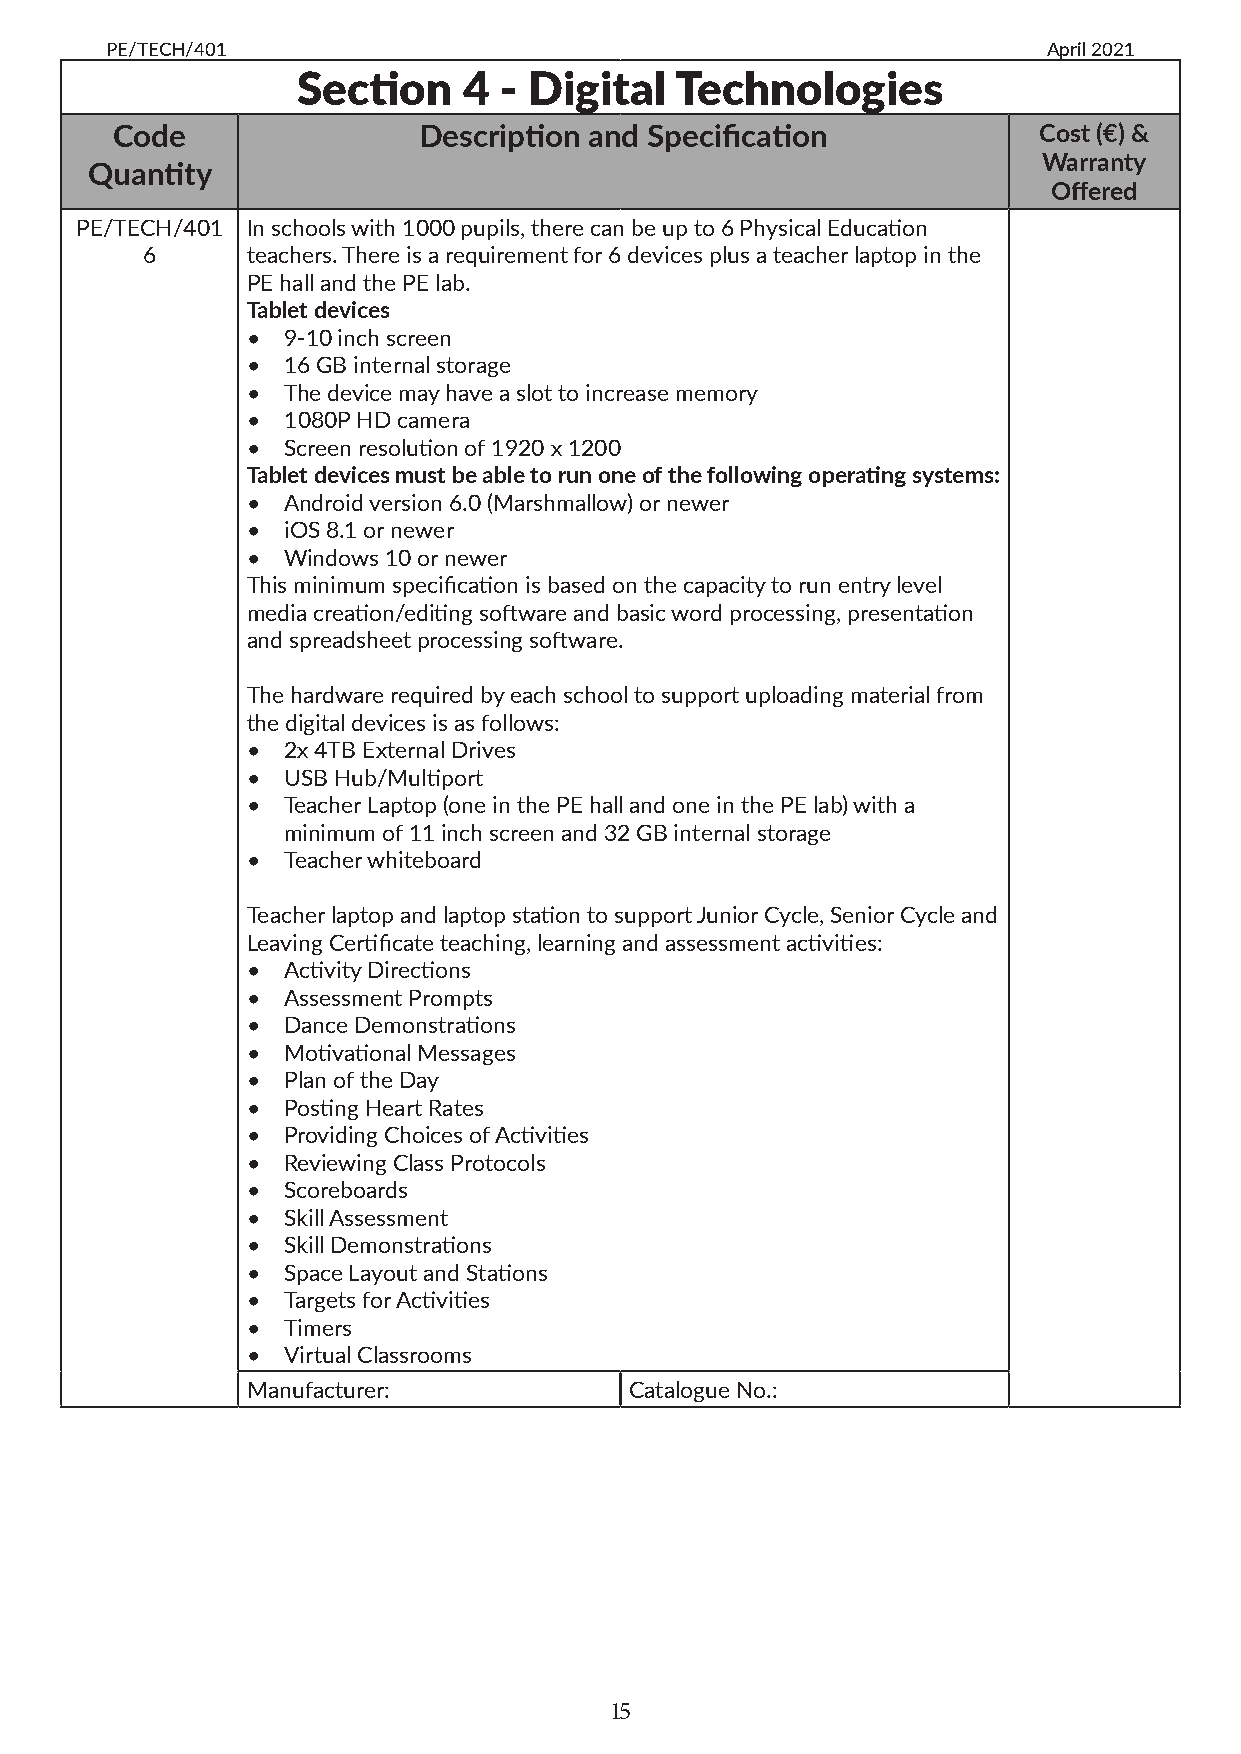
PE/TECH/401                                                   April 2021
 Section    4 - Digital   Technologies
 Code                Description and Specification            Cost (€) &
 Warranty
 Quantity
 Offered
 PE/TECH/401 In schools with 1000 pupils, there can be up to 6 Physical Education
 6      teachers. There is a requirement for 6 devices plus a teacher laptop in the
 PE hall and the PE lab.
 Tablet devices
 •  9-10 inch screen
 •  16 GB internal storage
 •  The device may have a slot to increase memory
 •  1080P HD camera
 •  Screen resolution of 1920 x 1200
 Tablet devices must be able to run one of the following operating systems:
 •  Android version 6.0 (Marshmallow) or newer
 •  iOS 8.1 or newer
 •  Windows 10 or newer
 This minimum specification is based on the capacity to run entry level
 media creation/editing software and basic word processing, presentation
 and spreadsheet processing software.
 The hardware required by each school to support uploading material from
 the digital devices is as follows:
 •  2x 4TB External Drives
 •  USB Hub/Multiport
 •  Teacher Laptop (one in the PE hall and one in the PE lab) with a
 minimum of 11 inch screen and 32 GB internal storage
 •  Teacher whiteboard
 Teacher laptop and laptop station to support Junior Cycle, Senior Cycle and
 Leaving Certificate teaching, learning and assessment activities:
 •  Activity Directions
 •  Assessment Prompts
 •  Dance Demonstrations
 •  Motivational Messages
 •  Plan of the Day
 •  Posting Heart Rates
 •  Providing Choices of Activities
 •  Reviewing Class Protocols
 •  Scoreboards
 •  Skill Assessment
 •  Skill Demonstrations
 •  Space Layout and Stations
 •  Targets for Activities
 •  Timers
 •  Virtual Classrooms
 Manufacturer:             Catalogue No.:
 15